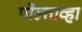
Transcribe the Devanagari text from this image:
पोल्ताव्हा